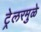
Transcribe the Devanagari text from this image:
ट्रेलरमुळे